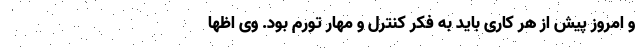
و امروز پیش از هر کاری باید به فکر کنترل و مهار تورم بود. وی اظها